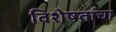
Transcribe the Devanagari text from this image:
विशेषतांचा